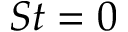
S t = 0